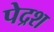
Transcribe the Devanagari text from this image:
पेद्रश